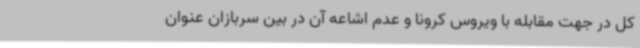
کل در جهت مقابله با ویروس کرونا و عدم اشاعه آن در بین سربازان عنوان